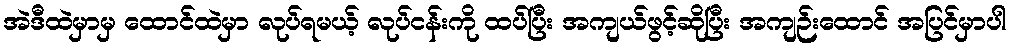
အဲဒီထဲမှာမှ ထောင်ထဲမှာ လုပ်ရမယ့် လုပ်ငန်းကို ထပ်ပြီး အကျယ်ဖွင့်ဆိုပြီး အကျဉ်းထောင် အပြင်မှာပါ